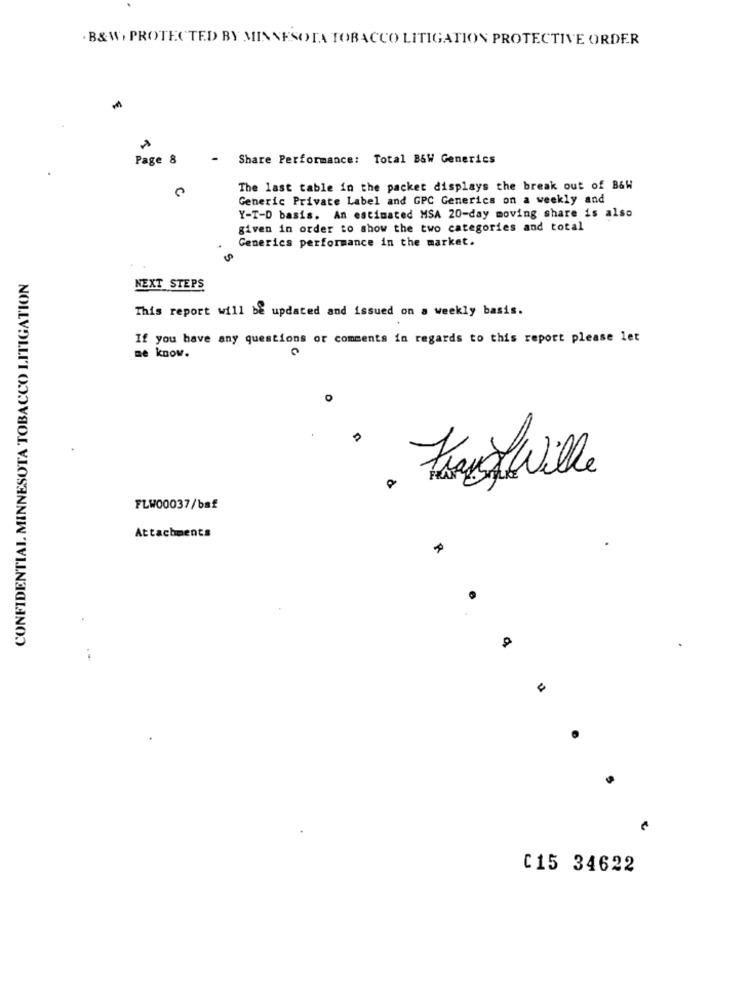
. B&W, PROTECTED BY MINNESOTA TOBACCO LITIGATION PROTECTIVE ORDER
Page 8
-
Share Performance: Total B&W Generics
The last table in the packet displays the break out of B&W
Generic Private Label and GPC Generics on a weekly and
Y-T-D basis. An estimated MSA 20-day moving share is also
given in order to show the two categories and total
Generics performance in the market.
CONFIDENTIAL MINNESOTA TOBACCO LITIGATION
NEXT STEPS
This report will be updated and issued on a weekly basis.
If you have any questions or comments in regards to this report please let
me know.
0
Haugewille
FLW00037/baf
Attachments
C15 34622